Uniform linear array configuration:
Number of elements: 8
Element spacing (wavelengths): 1
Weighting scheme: binomial
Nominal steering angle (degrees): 30
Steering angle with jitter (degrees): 29.362
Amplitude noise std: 0.05
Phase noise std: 0.05

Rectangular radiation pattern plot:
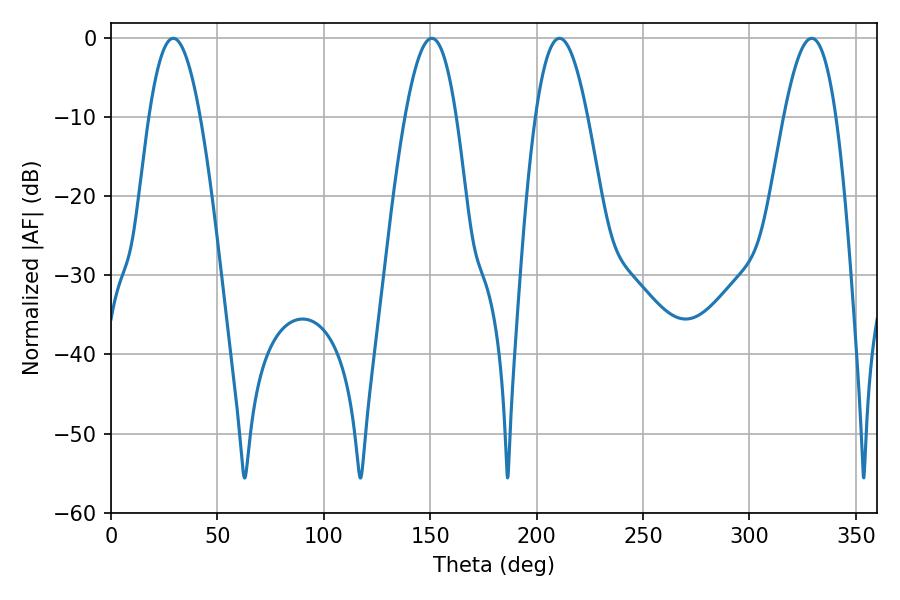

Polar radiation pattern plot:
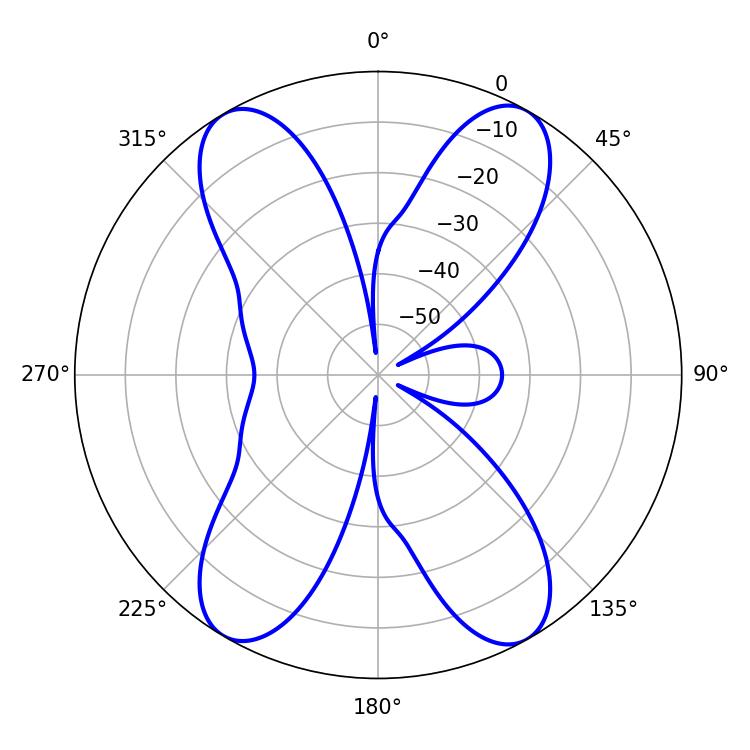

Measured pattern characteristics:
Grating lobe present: TRUE
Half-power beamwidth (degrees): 13.32
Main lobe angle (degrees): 329.22